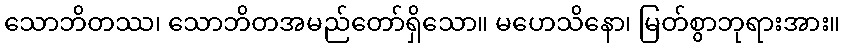
သောဘိတဿ၊ သောဘိတအမည်တော်ရှိသော။ မဟေသိနော၊ မြတ်စွာဘုရားအား။